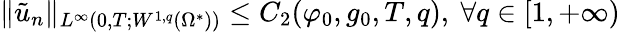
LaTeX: \lVert\tilde{u}_{n}\rVert_{L^{\infty}(0,T;W^{1,q}(\Omega^{*}))}\leq C_{2}(\varphi_{0},g_{0},T,q),\ \forall q\in[1,+\infty)